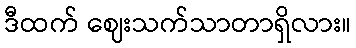
ဒီထက် ဈေးသက်သာတာရှိလား။